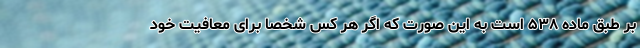
بر طبق ماده ۵۳۸ است به این صورت که اگر هر کس شخصاً برای معافیت خود